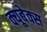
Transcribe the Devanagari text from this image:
क्यूबेक्स